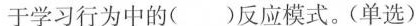
于学习行为中的()反应模式。(单选)